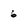
Character: 6